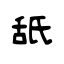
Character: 舐